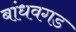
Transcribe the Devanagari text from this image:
बांधवगड